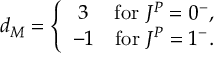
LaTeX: d _ { M } = \left\{ \begin{array} { c c } { { 3 } } & { { \mathrm { f o r \ } J ^ { P } = 0 ^ { - } , } } \\ { { - 1 } } & { { \mathrm { f o r \ } J ^ { P } = 1 ^ { - } . } } \end{array} \right.